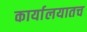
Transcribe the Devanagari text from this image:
कार्यालयातच